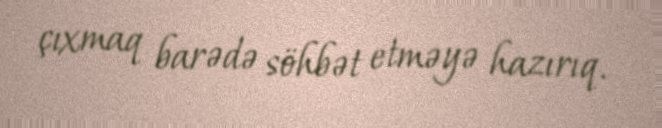
çıxmaq barədə söhbət etməyə hazırıq.